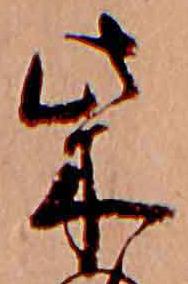
柴